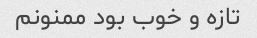
تازه و خوب بود ممنونم